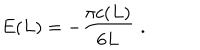
E ( L ) = - \displaystyle \frac { \pi c ( L ) } { 6 L } \, \, .